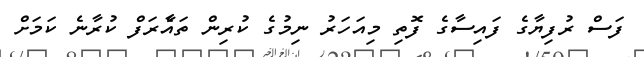
ފަސް ރުފިޔާގެ ފައިސާގެ ފޮތި މިއަހަރު ނިމުގެ ކުރިން ތައާެރަފް ކުރާނެ ކަމަށް